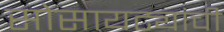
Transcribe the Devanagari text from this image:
सोसायट्यांची